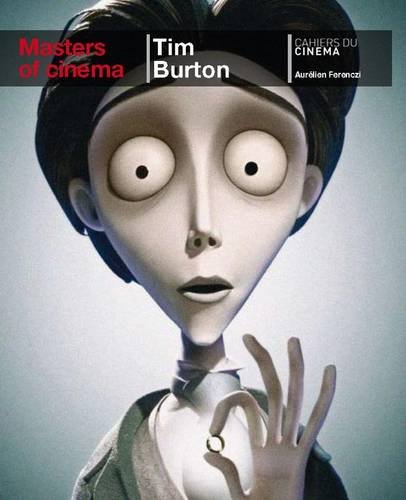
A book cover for Masters of Cinema: Tim Burton; AurÃ©lien Ferenczi; Humor & Entertainment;